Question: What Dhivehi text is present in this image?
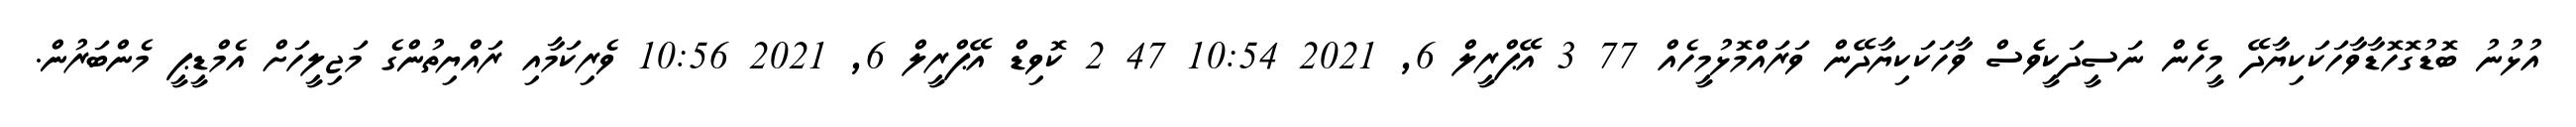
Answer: އުޅުނު ބޮޑުގޮހޮޑާވާހަކަކިޔާދޭ މީހެން ނަސީދަކީވެެސް ވާހަކަކިޔާދޭން ވަރައްމޮޅުމީހެއް 77 3 އޭޕްރީލް 6, 2021 10:54 47 2 ކޮވިޑް އޭޕްރީލް 6, 2021 10:56 ވެރިކަމާއި ރައްޔިތުންގެ މަޖިލީހަށް އެމްޑީޕީ މެންބަރުން.